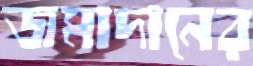
জমাদানের